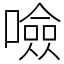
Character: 噞